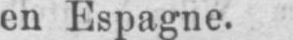
en Espagne.